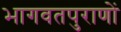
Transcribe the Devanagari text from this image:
भागवतपुराणों